Report of the Indian Hemp Drugs Commission, 1894-1895 - Volume VIII
Year: 1894
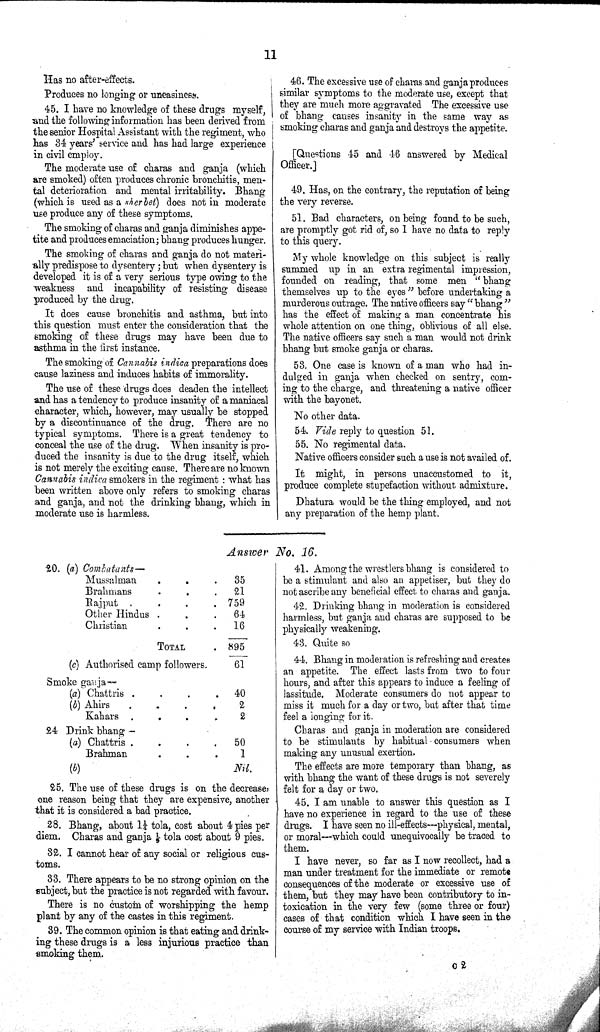
11
Has no
after-effects.
Produces no longing or uneasiness.
45. I have no knowledge of these drugs myself,
and the following information has been derived from
the senior Hospital Assistant with the regiment, who
has 34 years' service and has had large experience
in civil employ.
The moderate use of charas and ganja (which
are smoked) often produces chronic bronchitis, men-
tal deterioration and mental irritability. Bhang
(which is used as a sher bet) does not in moderate
use produce any of these symptoms.
The smoking of charas and ganja diminishes appe-
tite and produces emaciation; bhang produces hunger.
The smoking of charas and ganja do not materi-
ally predispose to dysentery; but when dysentery is
developed it is of a very serious type owing to the
weakness and incapability of resisting disease
produced by the drug.
It does cause bronchitis and asthma, but into
this question must enter the consideration that the
smoking of these drugs may have been due to
asthma in the first instance.
The smoking of Cannabis indica preparations does
cause laziness and induces habits of immorality.
The use of these drugs does deaden the intellect
and has a tendency to produce insanity of a maniacal
character, which, however, may usually be stopped
by a discontinuance of the drug. There are no
typical symptoms. There is a great tendency to
conceal the use of the drug. When insanity is pro-
duced the insanity is due to the drug itself, which
is not merely the exciting cause. There are no known
Cannabis indica smokers in the regiment: what has
been written above only refers to smoking charas
and ganja, and not the drinking bhang, which in
moderate use is harmless.
46. The excessive use of charas and ganja produces
similar symptoms to the moderate use, except that
they are much more aggravated The excessive use
of bhang causes insanity in the same way as
smoking charas and ganja and destroys the appetite.
[Questions 45 and 46 answered by Medical
Officer.]
49. Has, on the contrary, the reputation of being
the very reverse.
51. Bad characters, on being found to be such,
are promptly got rid of, so I have no data to reply
to this query.
My whole knowledge on this subject is really
summed up in an extra regimental impression,
founded on reading, that some men "bhang
themselves up to the eyes" before undertaking a
murderous outrage. The native officers say "bhang"
has the effect of making a man concentrate his
whole attention on one thing, oblivious of all else.
The native officers say such a man would not drink
bhang but smoke ganja or charas.
53. One case is known of a man who had in-
dulged in ganja when checked on sentry, com-
ing to the charge, and threatening a native officer
with the bayonet.
No other data.
54. Vide reply to question 51.
55. No regimental data.
Native officers consider such a use is not availed of.
It might, in persons unaccustomed to it,
produce complete stupefaction without admixture.
Dhatura would be the thing employed, and not
any preparation of the hemp plant.
Answer No. 16.
20. (a) Combatants—
Mussalman
35
Brahmans
21
Rajput
759
Other Hindus
64
Christian
16
TOTAL
895
(c) Authorised camp followers.
61
Smoke ganja-
(a) Chattris
40
(b) Ahirs
2
Kahars
2
24 Drink bhang —
(a) Chattris
50
Brahman
1
(b)
Nil.
25. The use of these drugs is on the decrease,
one reason being that they are expensive, another
that it is considered a bad practice.
28. Bhang, about 11/4 tola, cost about 4 pies per
diem. Charas and ganja 1/9 tola cost about 9 pies.
32. I cannot hear of any social or religious cus-
toms.
33. There appears to be no strong opinion on the
subject, but the practice is not regarded with favour.
There is no custom of worshipping the hemp
plant by any of the castes in this regiment.
39. The common opinion is that eating and drink-
ing these drugs is a less injurious practice than
smoking them.
41. Among the wrestlers bhang is considered to
be a stimulant and also an appetiser, but they do
not ascribe any beneficial effect to charas and ganja.
42. Drinking bhang in moderation is considered
harmless, but ganja and charas are supposed to be
physically weakening.
43. Quite so
44. Bhang in moderation is refreshing and creates
an appetite. The effect lasts from two to four
hours, and after this appears to induce a feeling of
lassitude. Moderate consumers do not appear to
miss it much for a day or two, but after that time
feel a longing for it.
Charas and ganja in moderation are considered
to be stimulants by habitual consumers when
making any unusual exertion.
The effects are more temporary than bhang, as
with bhang the want of these drugs is not severely
felt for a day or two.
45. I am unable to answer this question as I
have no experience in regard to the use of these
drugs. I have seen no ill-effects—physical, mental,
or moral—which could unequivocally be traced to
them.
I have never, so far as I now recollect, had a
man under treatment for the immediate or remote
consequences of the moderate or excessive use of
them, but they may have been contributory to in-
toxication in the very few (some three or four)
cases of that condition which I have seen in the
course of my service with Indian troops.
C 2